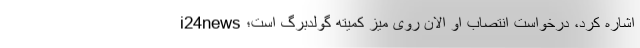
i24news اشاره کرد، درخواست انتصاب او الان روی میز کمیته گولدبرگ است؛